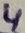
Text: 4